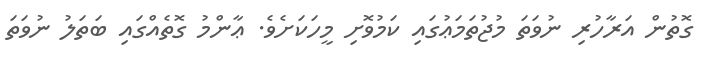
ގޮތުން އަރާހުރި ނުވަތަ މުޖުތަމަޢުގައި ކަމުވޮށި މީހަކަށެވެ. ޢާންމު ގޮތެއްގައި ބަތަލު ނުވަތަ